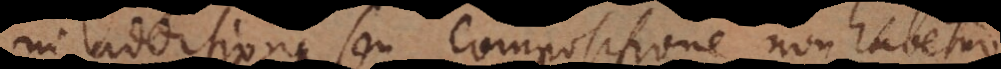
In additione seu compositione non habetur